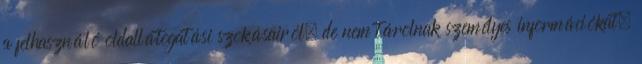
a felhasználó oldallátogatási szokásairól, de nem tárolnak személyes információkat.